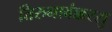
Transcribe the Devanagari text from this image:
तिरुनावंक्करसु